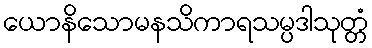
ယောနိသောမနသိကာရသမ္ပဒါသုတ္တံ